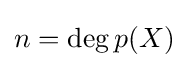
n=\operatorname {deg} p(X)